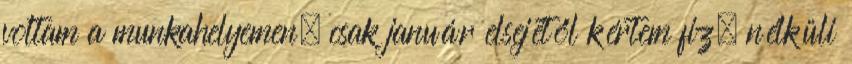
voltam a munkahelyemen, csak január elsejétől kértem fiz. nélküli